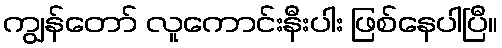
ကျွန်တော် လူကောင်းနီးပါး ဖြစ်နေပါပြီ။